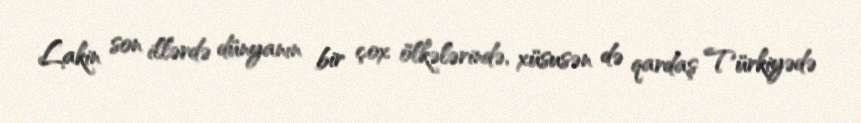
Lakin son illərdə dünyanın bir çox ölkələrində, xüsusən də qardaş Türkiyədə